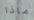
ماذا